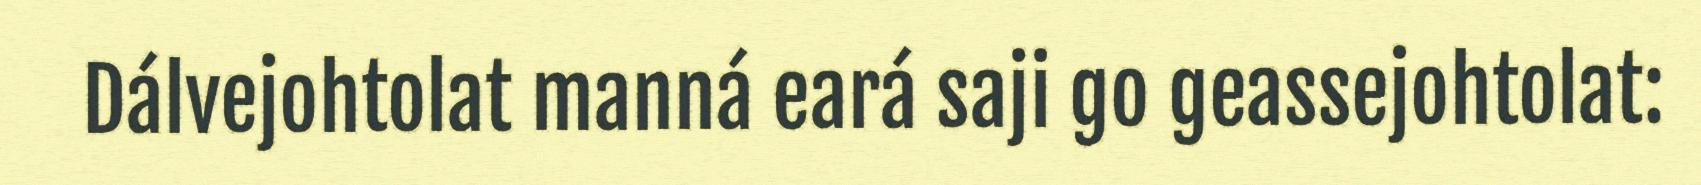
Dálvejohtolat manná eará saji go geassejohtolat: